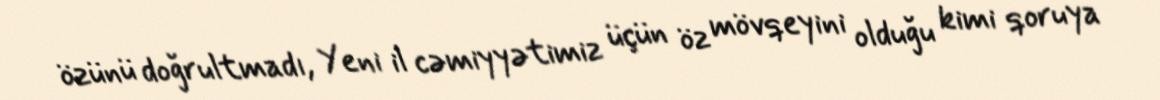
özünü doğrultmadı, Yeni il cəmiyyətimiz üçün öz mövqeyini olduğu kimi qoruya